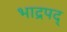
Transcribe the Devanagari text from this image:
भाद्रपद्